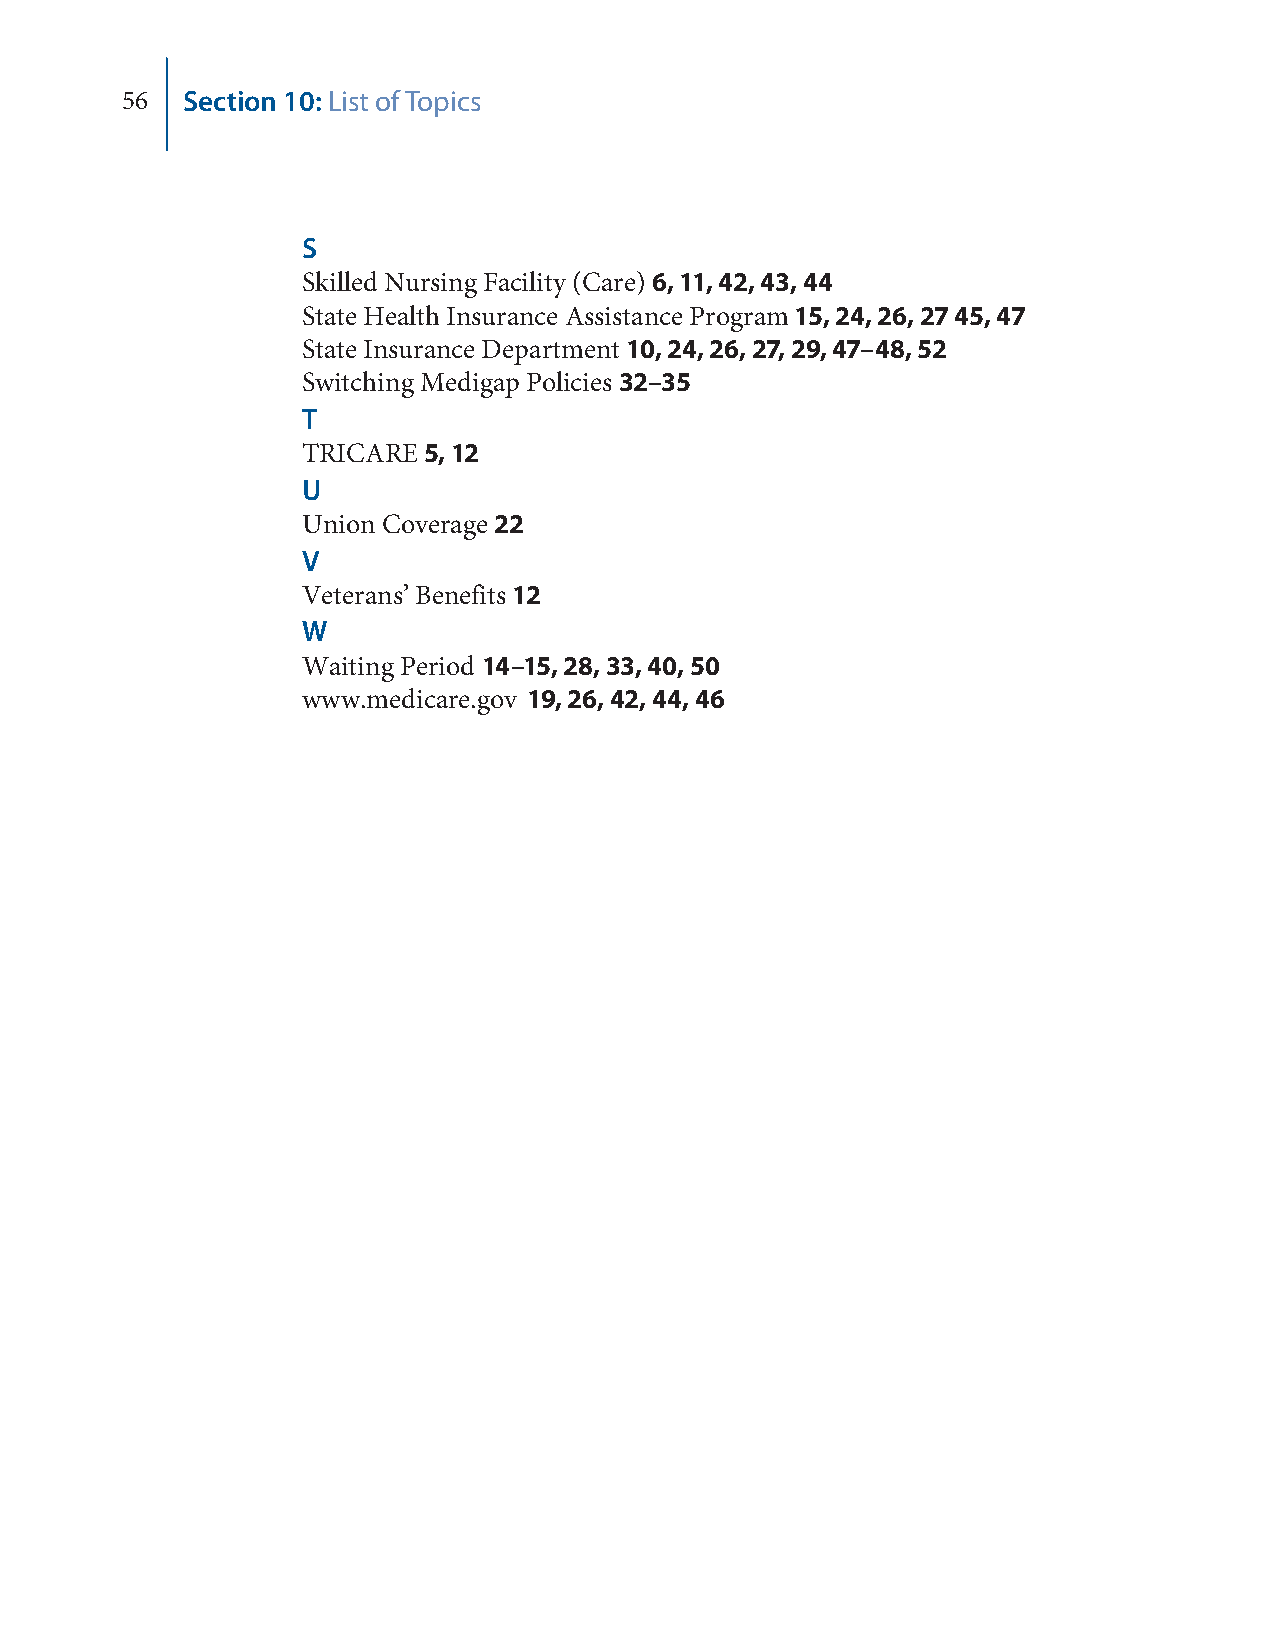
56  Section 10: List of Topics
 S
 Skilled Nursing Facility (Care) 6, 11, 42, 43, 44
 State Health Insurance Assistance Program 15, 24, 26, 27 45, 47
 State Insurance Department 10, 24, 26, 27, 29, 47–48, 52
 Switching Medigap Policies 32–35
 T
 TRICARE 5, 12
 U
 Union Coverage 22
 V
 Veterans’ Benefits 12
 W
 Waiting Period 14–15, 28, 33, 40, 50
 www.medicare.gov 19, 26, 42, 44, 46